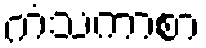
ကံသကာစာ